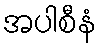
အပါစီနံ